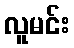
လူမင်း